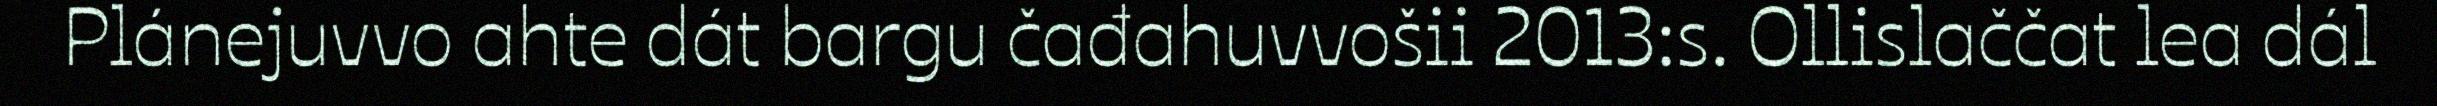
Plánejuvvo ahte dát bargu čađahuvvošii 2013:s. Ollislaččat lea dál